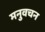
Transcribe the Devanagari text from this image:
मनुवचन